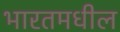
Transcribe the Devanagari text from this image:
भारतमधील